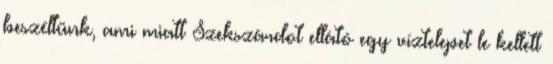
beszéltünk, ami miatt Szekszárdot ellátó egy víztelepet le kellett